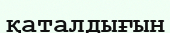
қаталдығын